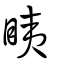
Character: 眱